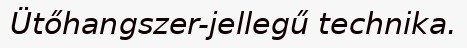
Ütőhangszer-jellegű technika.